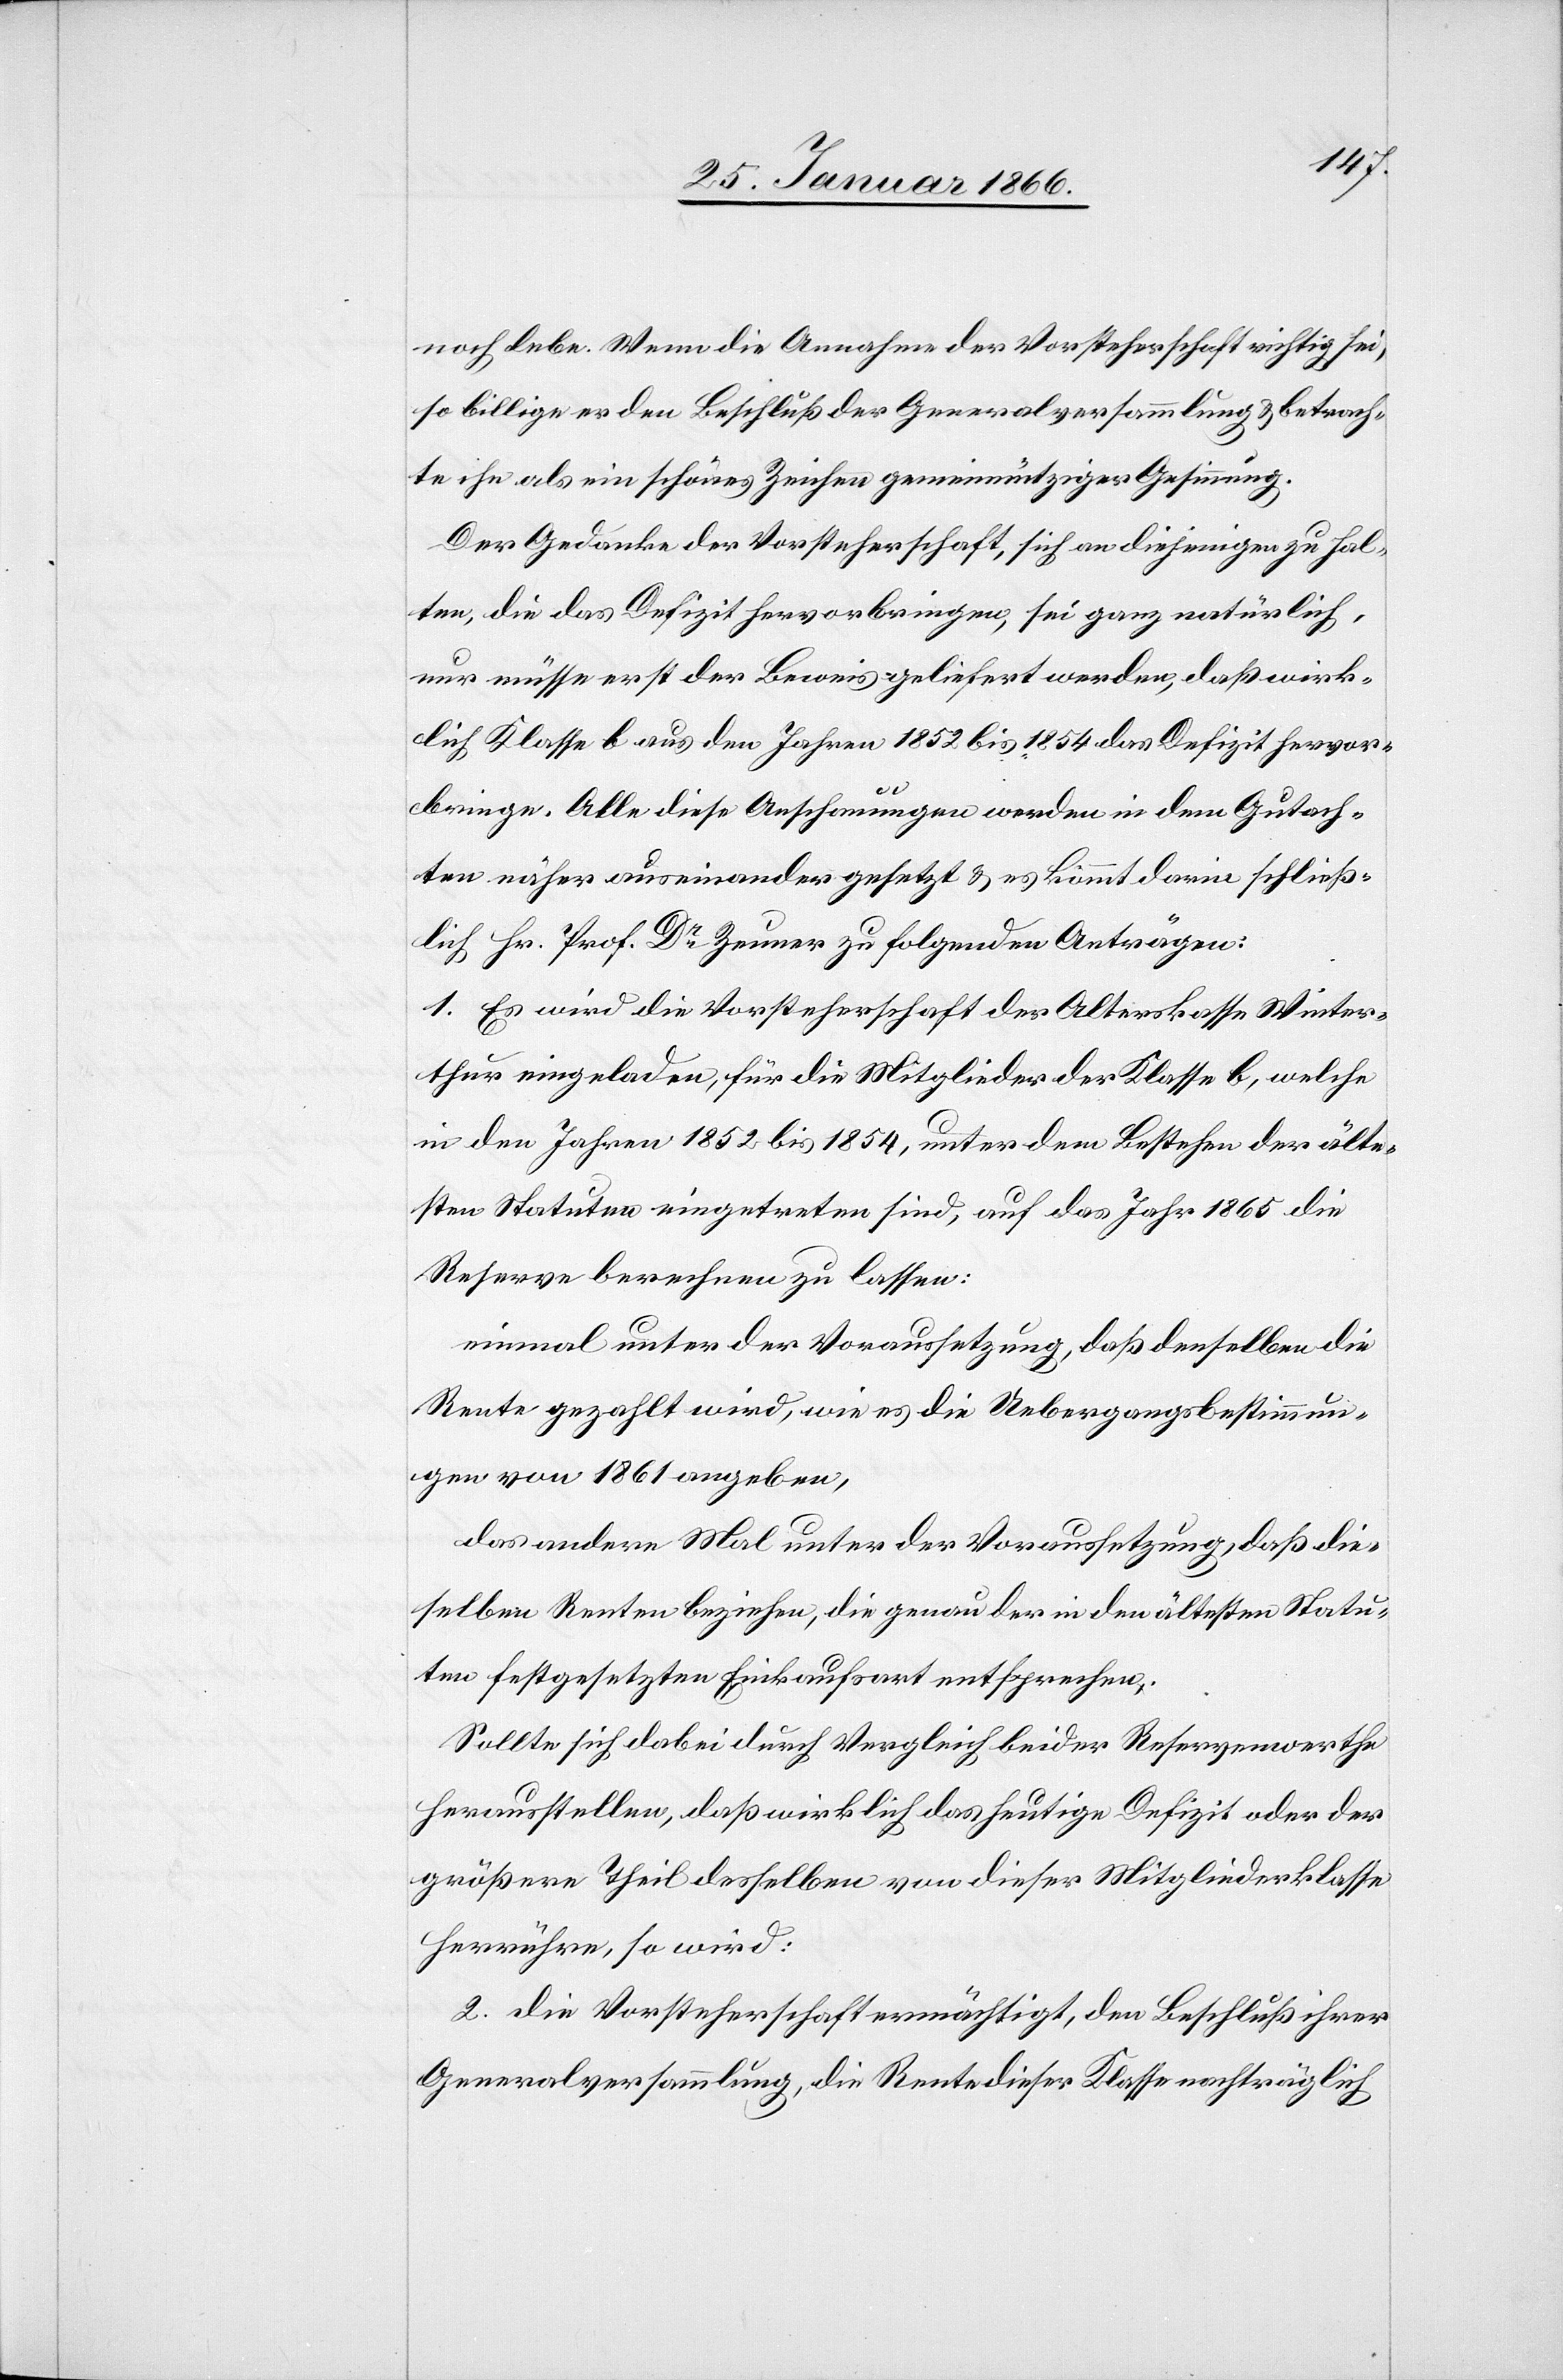
noch lebe. Wenn die Annahme der Vorsteherschaft richtig sei,
so billige er den Beschluß der Generalversammlung u. betrach¬
te ihn als ein schönes Zeichen gemeinnütziger Gesinnung.
Der Gedanke der Vorsteherschaft, sich an diejenigen zu hal¬
ten, die das Defizit hervorbringen, sei ganz natürlich,
nur müsse erst der Beweis geliefert werden, daß wirk¬
lich Klasse B aus den Jahren 1852 bis 1854 das Defizit hervor¬
bringe. Alle diese Anschauungen werden in dem Gutach¬
ten näher auseinandergesetzt u. es kommt darin schließ¬
lich Hr. Prof. Dr. Zeuner zu folgenden Anträgen:
1. Es wird die Vorsteherschaft der Alterskasse Winter¬
thur eingeladen, für die Mitglieder der Klasse B, welche
in den Jahren 1852 bis 1854, unter dem Bestehen der älte¬
sten Statuten eingetreten sind, auf das Jahr 1865 die
Reserve berechnen zu lassen:
einmal unter der Voraussetzung, daß denselben die
Rente gezahlt wird, wie es die Uebergangsbestimmun¬
gen von 1861 angeben,
das andere Mal unter der Voraussetzung, daß die¬
selben Renten beziehen, die genau der in den ältesten Statu¬
ten festgesetzten Einkaufsart entsprechen.
Sollte sich dabei durch Vergleich beider Reservewerthe
herausstellen, daß wirklich das heutige Defizit oder der
größere Theil desselben von dieser Mitgliederklasse
herrühre, so wird:
2. die Vorsteherschaft ermächtigt, den Beschluß ihrer
Generalversammlung, die Rente dieser Klasse nachträglich